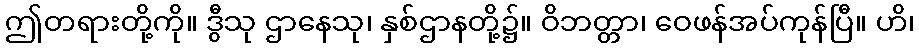
ဤတရားတို့ကို။ ဒွီသု ဌာနေသု၊ နှစ်ဌာနတို့၌။ ဝိဘတ္တာ၊ ဝေဖန်အပ်ကုန်ပြီ။ ဟိ၊